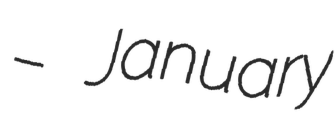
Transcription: – January